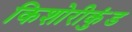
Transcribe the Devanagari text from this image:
किशोरीकुंड